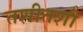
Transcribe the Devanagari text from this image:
तशीतशी